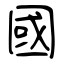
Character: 國